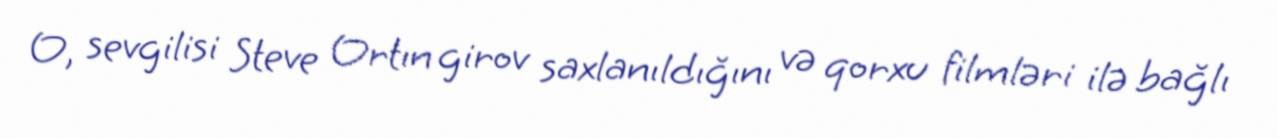
O, sevgilisi Steve Ortın girov saxlanıldığını və qorxu filmləri ilə bağlı